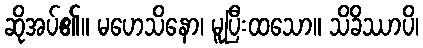
ဆိုအပ်၏။ မဟေသိနော၊ မူပြီးထသော။ သိခိဿာပိ၊